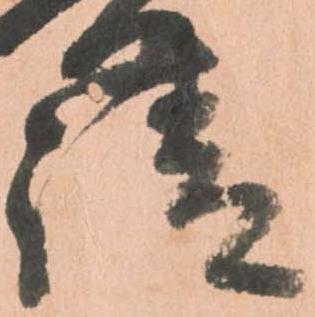
請